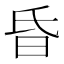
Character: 昏